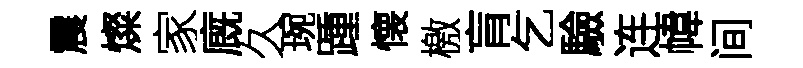
震燦家廐久琬踵懐檄肓乞驗连幃间